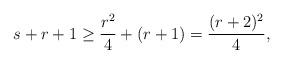
LaTeX: \begin{align*}s+r+1 \geq \frac{r^2}{4} + (r+1) = \frac{(r+2)^2}{4},\end{align*}